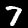
Label: 7